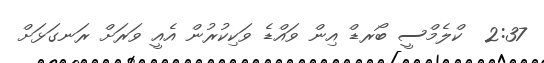
2:37  ކްލެމްސީ ބޯރޑް އިން ވައްޑެ ވަކިކުރުން އެއީ ވަރަށް ރަނގަޅަށް